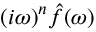
( i \omega ) ^ { n } { \hat { f } } ( \omega )